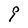
Character: 9